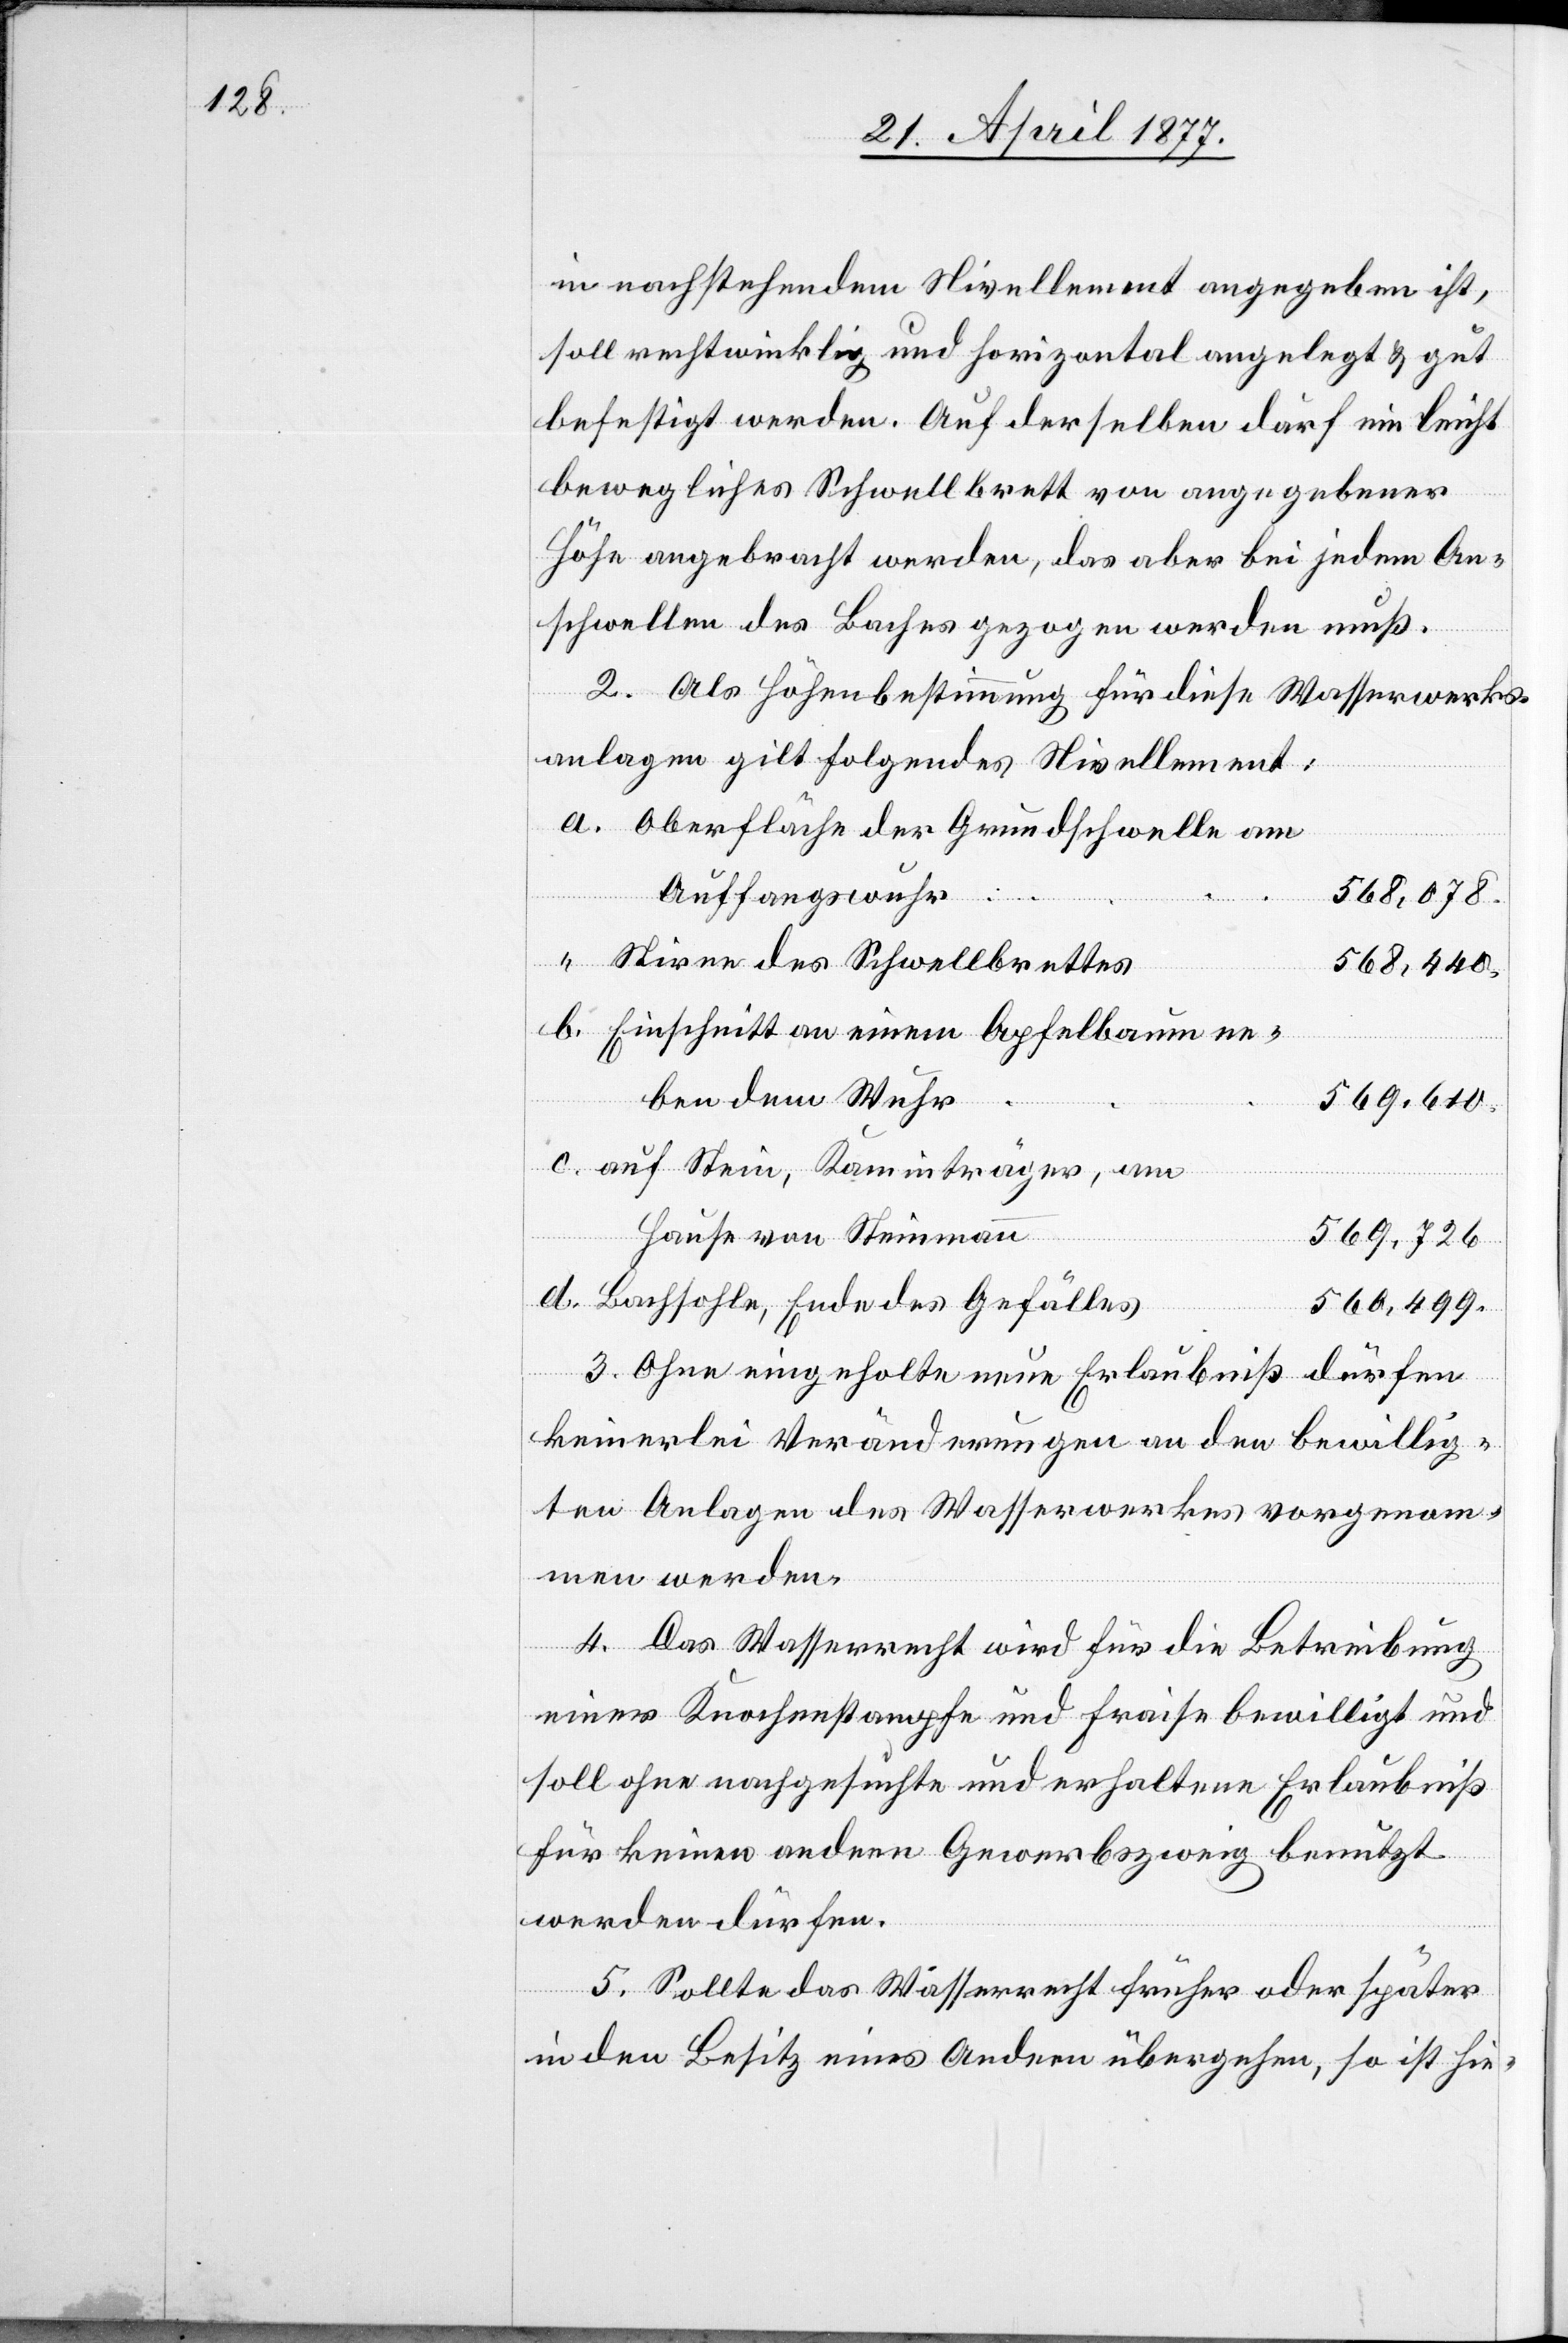
in nachstehendem Nivellement angegeben ist,
soll rechtwinklig und horizontal angelegt & gut
befestigt werden. Auf derselben darf ein leicht
bewegliches Schwellbrett von angegebener
Höhe angebracht werden, das aber bei jedem An¬
schwellen des Baches gezogen werden muß.
2. Als Höhenbestimmung für diese Wasserwerks¬
anlage gilt folgendes Nivellement:
Oberfläche der Grundschwelle am
Auffangswuhr
568,078.
Stirne des Schwellbrettes
568,440.
Einschnitt an einem Apfelbaum ne¬
ben dem Wuhr
569,610.
auf Stein, Kaminträger, am
Hause von Steinmann
569,726.
Bachsohle, Ende des Gefälles
560,499.
3. Ohne eingeholte neue Erlaubniß dürfen
keinerlei Veränderungen an den bewillig¬
ten Anlagen des Wasserwerkes vorgenom¬
men werden.
4. Das Wasserrecht wird für die Betreibung
einer Knochenstampfe und Fraise bewilligt und
soll ohne nachgesuchte und erhaltene Erlaubniß
für keinen andern Gewerbszweig benutzt
werden dürfen.
5. Sollte das Wasserrecht früher oder später
in den Besitz eines Andern übergehen, so ist hie-